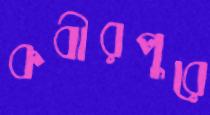
কবীরপুরে